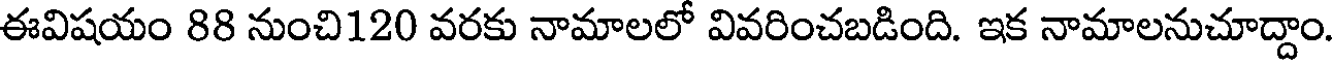
ఈవిషయం 88 నుంచి120 వరకు నామాలలో వివరించబడింది. ఇక నామాలనుచూద్దాం.